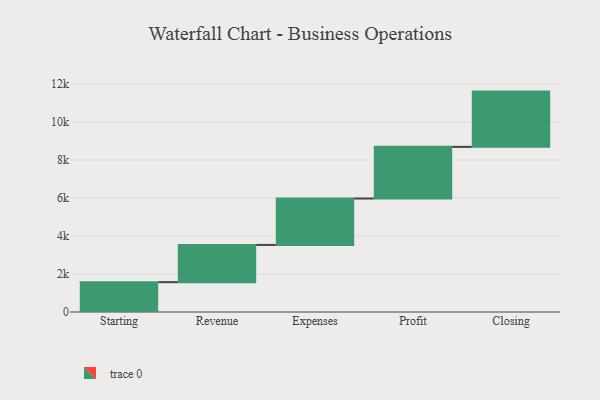
{"axis": {"x": "Step", "y": "Value"}, "legend": [""], "data": [{"x": "Starting", "y": 1571.0, "type": ""}, {"x": "Revenue", "y": 1959.0, "type": ""}, {"x": "Expenses", "y": 2442.0, "type": ""}, {"x": "Profit", "y": 2719.0, "type": ""}, {"x": "Closing", "y": 2908.0, "type": ""}]}